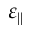
\varepsilon _ { \parallel }